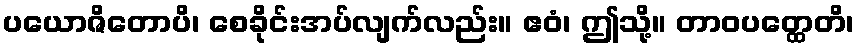
ပယောဇိတောပိ၊ စေခိုင်းအပ်လျက်လည်း။ ဧဝံ၊ ဤသို့။ တာဝပတ္ထေတိ၊